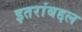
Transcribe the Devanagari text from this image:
इतरांबद्दल